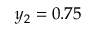
y _ { 2 } = 0 . 7 5